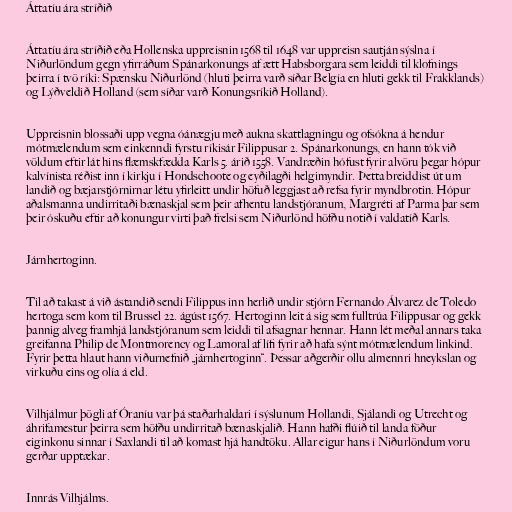
Áttatíu ára stríðið

Áttatíu ára stríðið eða Hollenska uppreisnin 1568 til 1648 var uppreisn sautján sýslna í
Niðurlöndum gegn yfirráðum Spánarkonungs af ætt Habsborgara sem leiddi til klofnings
þeirra í tvö ríki: Spænsku Niðurlönd (hluti þeirra varð síðar Belgía en hluti gekk til Frakklands)
og Lýðveldið Holland (sem síðar varð Konungsríkið Holland).

Uppreisnin blossaði upp vegna óánægju með aukna skattlagningu og ofsókna á hendur
mótmælendum sem einkenndi fyrstu ríkisár Filippusar 2. Spánarkonungs, en hann tók við
völdum eftir lát hins flæmskfædda Karls 5. árið 1558. Vandræðin hófust fyrir alvöru þegar hópur
kalvínista réðist inn í kirkju í Hondschoote og eyðilagði helgimyndir. Þetta breiddist út um
landið og bæjarstjórnirnar létu yfirleitt undir höfuð leggjast að refsa fyrir myndbrotin. Hópur
aðalsmanna undirritaði bænaskjal sem þeir afhentu landstjóranum, Margréti af Parma þar sem
þeir óskuðu eftir að konungur virti það frelsi sem Niðurlönd höfðu notið í valdatíð Karls.

Járnhertoginn.

Til að takast á við ástandið sendi Filippus inn herlið undir stjórn Fernando Álvarez de Toledo
hertoga sem kom til Brussel 22. ágúst 1567. Hertoginn leit á sig sem fulltrúa Filippusar og gekk
þannig alveg framhjá landstjóranum sem leiddi til afsagnar hennar. Hann lét meðal annars taka
greifanna Philip de Montmorency og Lamoral af lífi fyrir að hafa sýnt mótmælendum linkind.
Fyrir þetta hlaut hann viðurnefnið „járnhertoginn“. Þessar aðgerðir ollu almennri hneykslan og
virkuðu eins og olía á eld.

Vilhjálmur þögli af Óraníu var þá staðarhaldari í sýslunum Hollandi, Sjálandi og Utrecht og
áhrifamestur þeirra sem höfðu undirritað bænaskjalið. Hann hafði flúið til landa föður
eiginkonu sinnar í Saxlandi til að komast hjá handtöku. Allar eigur hans í Niðurlöndum voru
gerðar upptækar.

Innrás Vilhjálms.